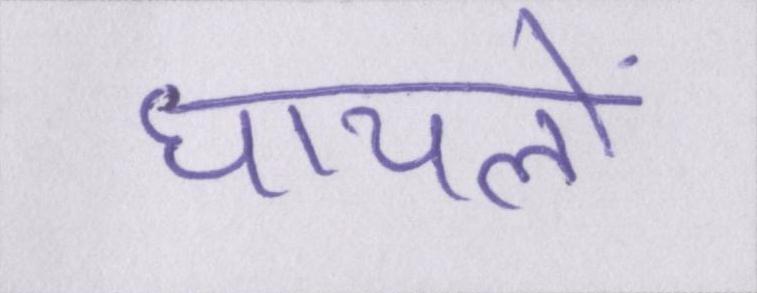
घायलों